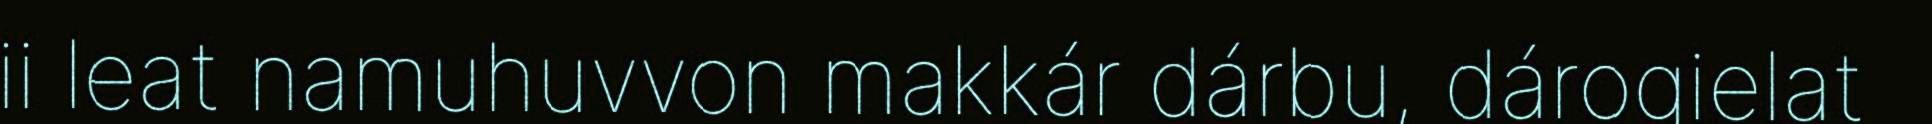
ii leat namuhuvvon makkár dárbu, dárogielat